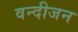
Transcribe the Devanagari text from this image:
वन्दीजन